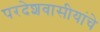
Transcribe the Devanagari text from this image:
परदेशवासीयांचे